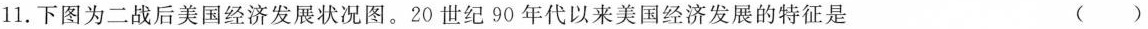
11.下图为二战后美国经济发展状况图。20世纪90年代以来美国经济发展的特征是 （ ）